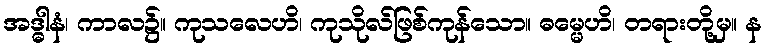
အဒ္ဓါနံ၊ ကာလ၌။ ကုသလေဟိ၊ ကုသိုလ်ဖြစ်ကုန်သော။ ဓမ္မေဟိ၊ တရားတို့မှ။ န